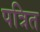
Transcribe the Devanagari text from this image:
पत्रित